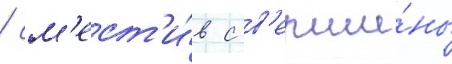
/ см'ест'и́в с в'ерши́ны